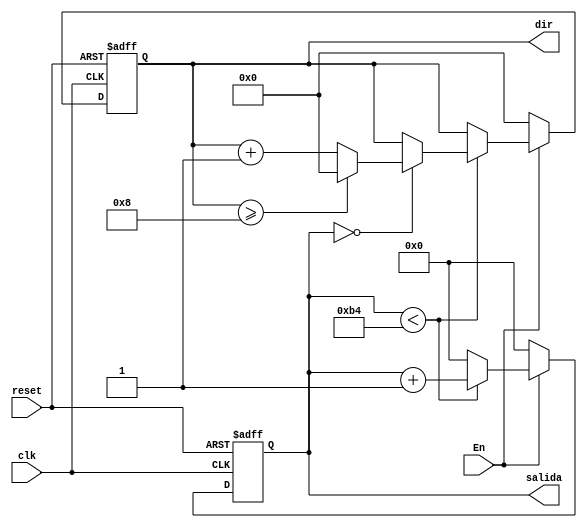
`timescale 1ns / 1ps
//////////////////////////////////////////////////////////////////////////////////
// Company: 
// Engineer: 
// 
// Design Name: 
// Module Name:    cuenta_reg_lectura 
// Project Name: 
// Target Devices: 
// Tool versions: 
// Description: 
//
// Dependencies: 
//
// Revision: 
// Revision 0.01 - File Created
// Additional Comments: 
//
//////////////////////////////////////////////////////////////////////////////////
module cuenta_reg_lectura(
input En,
input clk,
input reset,
output [7:0] salida,
output [3:0] dir
    );

reg [7:0]q_act, q_next;
reg [3:0]dira, dirn;

//Body of "state" registers
always@(posedge clk,posedge reset)
	if(reset) begin
		q_act<= 0;
		dira<=0;
		end
	else
		begin q_act <= q_next; dira<= dirn;end

//Specified functions of the counter 		
always@*
begin
	if(En)
	begin
		if(q_act  < 8'd180) 
				begin
					q_next = q_act + 1'b1;
					if(q_act == 8'd0) begin 
							if(dira >= 4'd8)begin
								dirn=0;end
							else 	dirn = dira+ 1'b1;
					end
					else dirn=dira;
				end
			else begin 
				q_next =0;dirn=dira;
		end
	end
	else begin
		q_next = 0;dirn=0;
		end
end

assign salida = q_act;
assign dir = dira;
endmodule